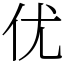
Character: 优